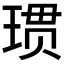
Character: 𪻲